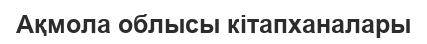
Ақмола облысы кітапханалары